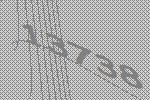
13738